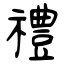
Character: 禮